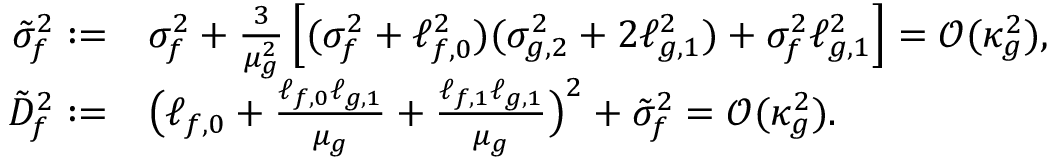
\begin{array} { r l } { \tilde { \sigma } _ { f } ^ { 2 } : = } & { \sigma _ { f } ^ { 2 } + \frac { 3 } { \mu _ { g } ^ { 2 } } \left[ ( \sigma _ { f } ^ { 2 } + \ell _ { f , 0 } ^ { 2 } ) ( \sigma _ { g , 2 } ^ { 2 } + 2 \ell _ { g , 1 } ^ { 2 } ) + \sigma _ { f } ^ { 2 } \ell _ { g , 1 } ^ { 2 } \right] = \mathcal { O } ( \kappa _ { g } ^ { 2 } ) , } \\ { \tilde { D } _ { f } ^ { 2 } : = } & { \big ( \ell _ { f , 0 } + \frac { \ell _ { f , 0 } \ell _ { g , 1 } } { \mu _ { g } } + \frac { \ell _ { f , 1 } \ell _ { g , 1 } } { \mu _ { g } } \big ) ^ { 2 } + \tilde { \sigma } _ { f } ^ { 2 } = \mathcal { O } ( \kappa _ { g } ^ { 2 } ) . } \end{array}